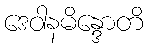
ဒေဝါနမိန္ဒောတိ